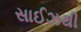
સાઈઝથી